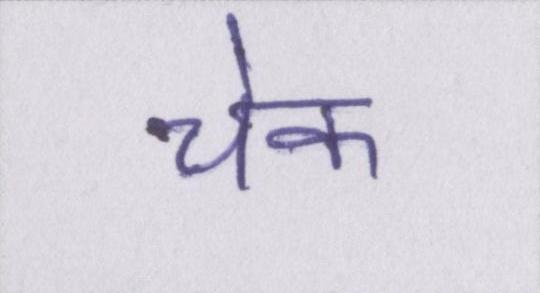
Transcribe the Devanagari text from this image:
चेक